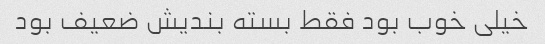
خیلی خوب بود فقط بسته بندیش ضعیف بود